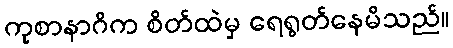
ကုစာနာဂိက စိတ်ထဲမှ ရေရွတ်နေမိသည်။